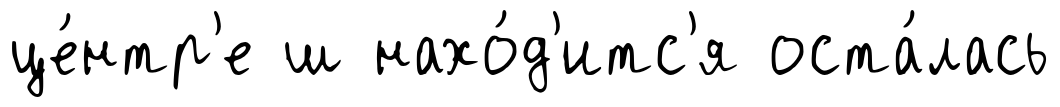
це́нтр'е ш нахо́д'итс'я оста́лась